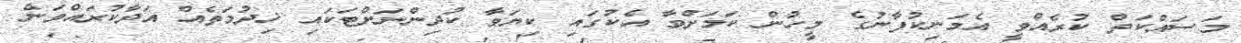
މަސައްކަތް ކުރެއްވީ އެމަނިކުފާނުގެ މީހުން ކަމަށްވާ އެކުގައި ކިޔަވާ ކުދިންނަށްޓަކައި ޚިދުމަތެއް އަދާކުރައްވަން